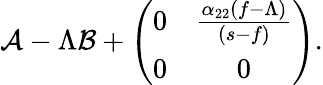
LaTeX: \mathcal{A}-\Lambda\mathcal{B}+\left(\begin{array}{cc}{0}&{\frac{\alpha_{22}(f-\Lambda)}{(s-f)}}\\ {0}&{0}\end{array}\right).